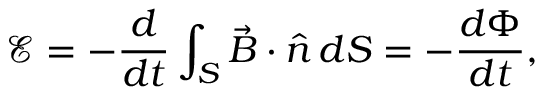
\mathcal E = - \frac { d } { d t } \int _ { S } \vec { B } \cdot \hat { n } \, d S = - \frac { d \Phi } { d t } ,